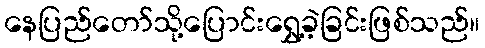
နေပြည်တော်သို့ပြောင်းရွှေ့ခဲ့ခြင်းဖြစ်သည်။